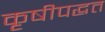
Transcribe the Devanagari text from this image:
कृषीपद्धत